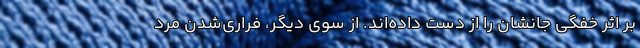
بر اثر خفگی جانشان را از دست داده‌اند. از سوی دیگر، فراری‌شدن مرد